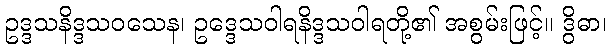
ဥဒ္ဒသနိဒ္ဒသဝသေန၊ ဥဒ္ဒေသဝါရနိဒ္ဒသဝါရတို့၏ အစွမ်းဖြင့်။ ဒွိဓာ၊